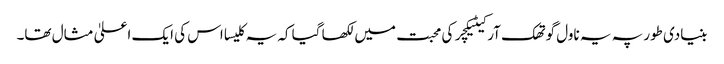
بنیادی طور پہ یہ ناول گوتھک آرکیٹیکچر کی محبت میں لکھا گیا کہ یہ کلیسا اس کی ایک اعلیٰ مثال تھا۔